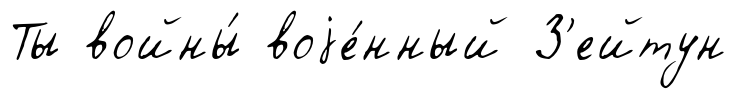
Ты войны́ воjе́нный З'ейтун